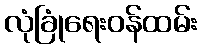
လုံခြုံရေးဝန်ထမ်း